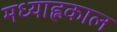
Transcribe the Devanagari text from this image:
मध्याह्लकाल